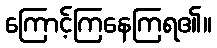
ကြောင့်ကြနေကြရ၏။